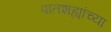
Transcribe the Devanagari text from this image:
पातशह्यांच्या